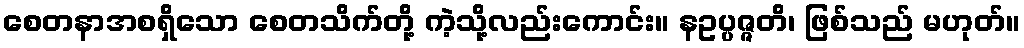
စေတနာအစရှိသော စေတသိက်တို့ ကဲ့သို့လည်းကောင်း။ နဥပ္ပဇ္ဇတိ၊ ဖြစ်သည် မဟုတ်။